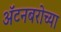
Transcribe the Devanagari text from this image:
ॲटनबरोच्या